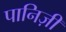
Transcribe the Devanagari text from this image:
पानिज़ी